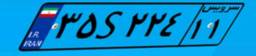
۳۵S۲۲۴۱۱